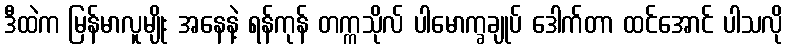
ဒီထဲက မြန်မာလူမျိုး အနေနဲ့ ရန်ကုန် တက္ကသိုလ် ပါမောက္ခချုပ် ဒေါက်တာ ထင်အောင် ပါသလို